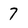
Character: 7